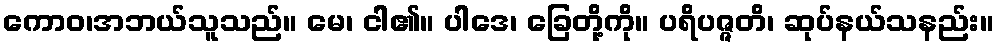
ကောဝ၊အဘယ်သူသည်။ မေ၊ ငါ၏။ ပါဒေ၊ ခြေတို့ကို။ ပရိပဇ္ဇတိ၊ ဆုပ်နယ်သနည်း။